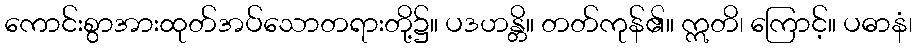
ကောင်းစွာအားထုတ်အပ်သောတရားတို့၌။ ပဒဟန္တိ။ တတ်ကုန်၏။ ဣတိ၊ ကြောင့်။ ပဓာနံ၊